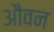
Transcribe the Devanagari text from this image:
औवन